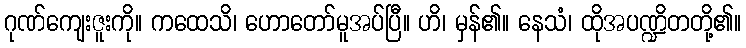
ဂုဏ်ကျေးဇူးကို။ ကထေသိ၊ ဟောတော်မူအပ်ပြီ။ ဟိ၊ မှန်၏။ နေသံ၊ ထိုအပဏ္ဍိတတို့၏။